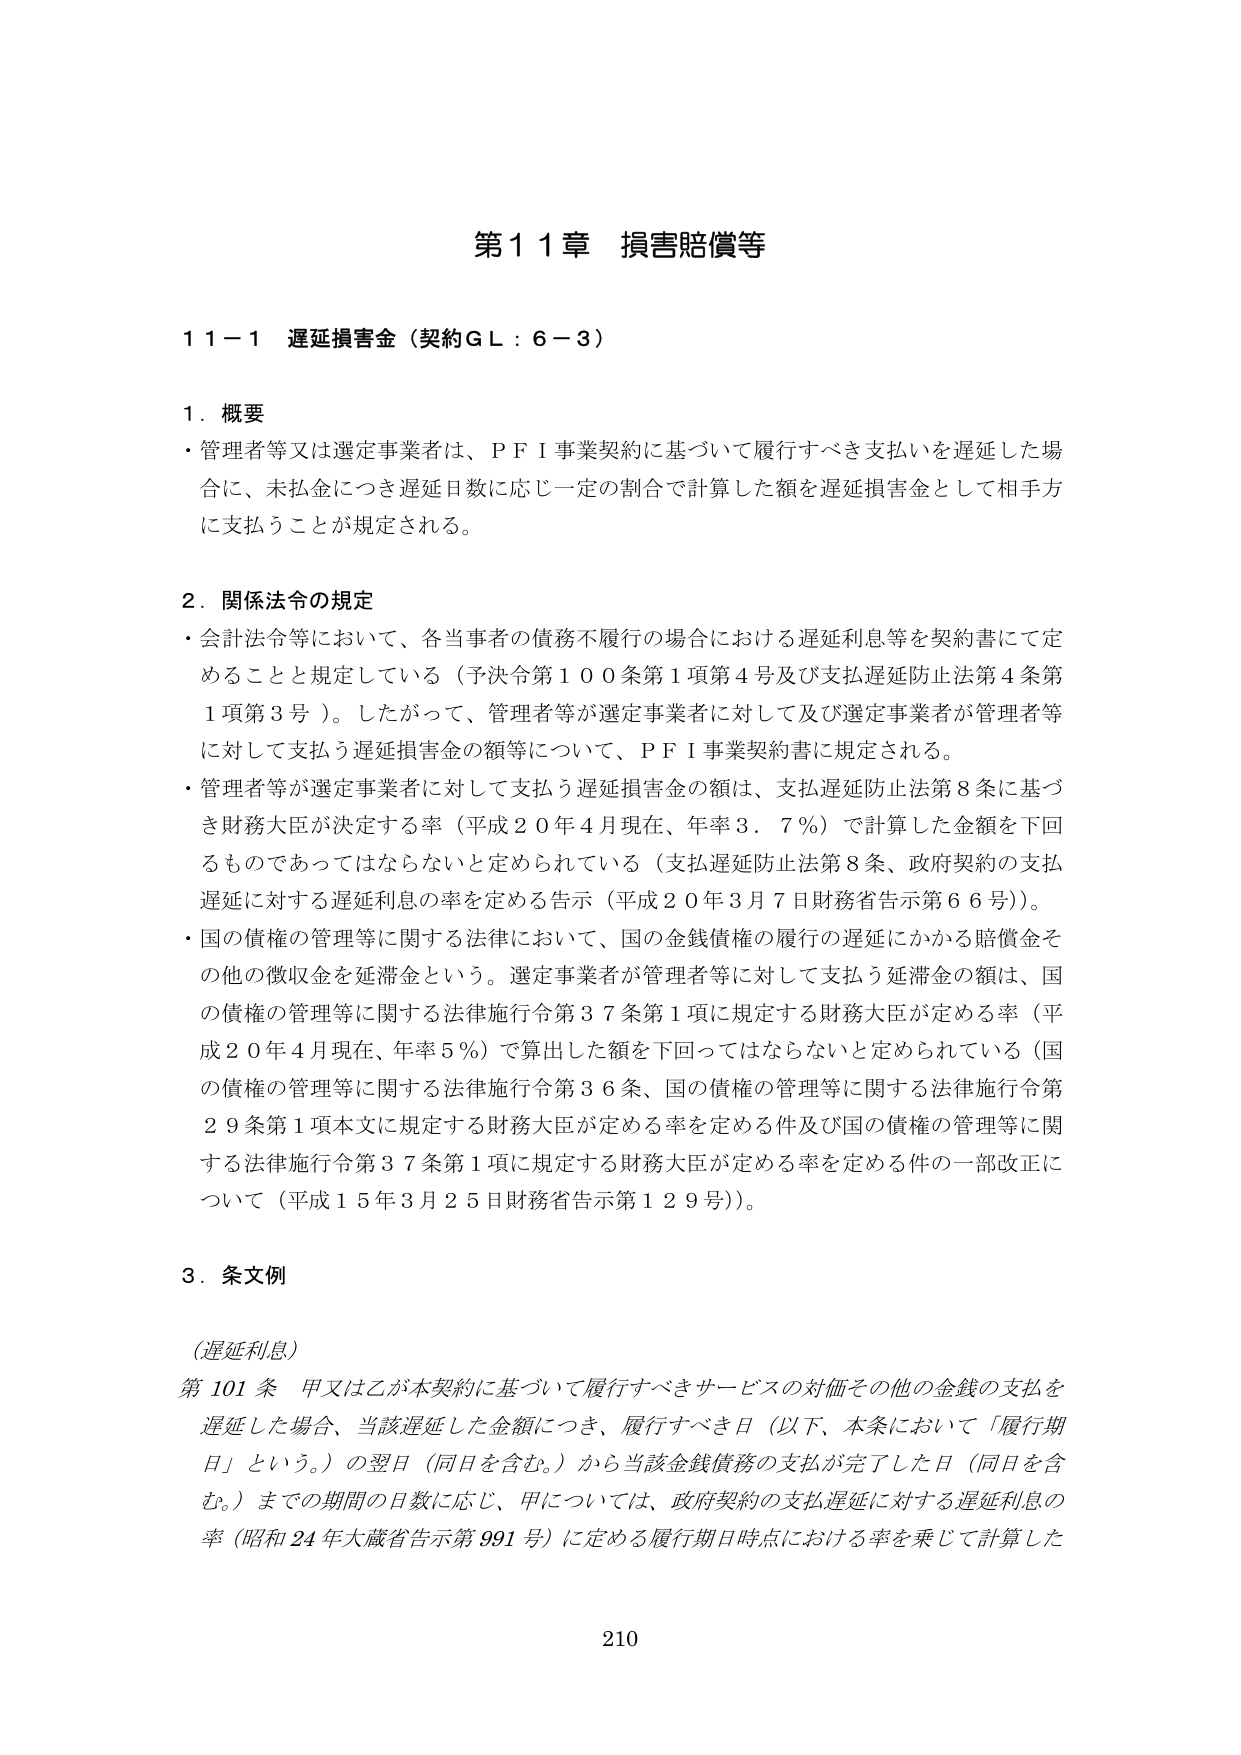
第１１章 損害賠償等

１１－１ 遅延損害金（契約ＧＬ：６－３）

１．概要
・管理者等又は選定事業者は、ＰＦＩ事業契約に基づいて履行すべき支払いを遅延した場合に、未払金につき遅延日数に応じ一定の割合で計算した額を遅延損害金として相手方に支払うことが規定される。

２．関係法令の規定
・会計法令等において、各当事者の債務不履行の場合における遅延利息等を契約書にて定めることと規定している（予決令第１００条第１項第４号及び支払遅延防止法第４条第１項第３号）。したがって、管理者等が選定事業者に対して及び選定事業者が管理者等に対して支払う遅延損害金の額等について、ＰＦＩ事業契約書に規定される。
・管理者等が選定事業者に対して支払う遅延損害金の額は、支払遅延防止法第８条に基づき財務大臣が決定する率（平成２０年４月現在、年率３．７％）で計算した金額を下回るものであってはならないと定められている（支払遅延防止法第８条、政府契約の支払遅延に対する遅延利息の率を定める告示（平成２０年３月７日財務省告示第６６号））。
・国の債権の管理等に関する法律において、国の金銭債権の履行の遅延にかかる賠償金その他の徴収金を延滞金という。選定事業者が管理者等に対して支払う延滞金の額は、国の債権の管理等に関する法律施行令第３７条第１項に規定する財務大臣が定める率（平成２０年４月現在、年率５％）で算出した額を下回ってはならないと定められている（国の債権の管理等に関する法律施行令第３６条、国の債権の管理等に関する法律施行令第２９条第１項本文に規定する財務大臣が定める率を定める件及び国の債権の管理等に関する法律施行令第３７条第１項に規定する財務大臣が定める率を定める件の一部改正について（平成１５年３月２５日財務省告示第１２９号））。

３．条文例
（遅延利息）
第101条 甲又は乙が本契約に基づいて履行すべきサービスの対価その他の金銭の支払いを遅延した場合、当該遅延した金額につき、履行すべき日（以下、本条において「履行期日」という。）の翌日（同日を含む。）から当該金銭債務の支払いが完了した日（同日を含む。）までの期間の日数に応じ、甲については、政府契約の支払遅延に対する遅延利息の率（昭和24年大蔵省告示第991号）に定める履行期日時点における率を乗じて計算した

210